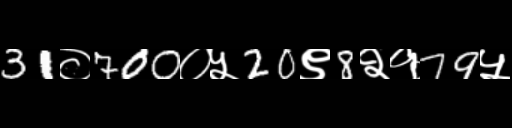
Text: 31०700०५20९8२१79५